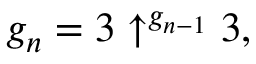
g _ { n } = 3 \uparrow ^ { g _ { n - 1 } } 3 ,